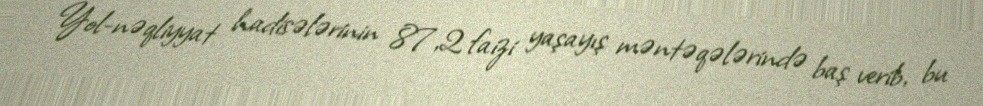
Yol-nəqliyyat hadisələrinin 87,2 faizi yaşayış məntəqələrində baş verib, bu